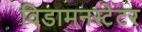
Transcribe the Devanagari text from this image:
विडामनस्टेटर